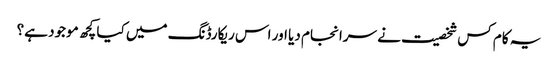
یہ کام کس شخصیت نے سرانجام دیا اور اس ریکارڈنگ میں کیا کچھ موجود ہے؟